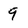
Character: 9